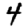
Digit: 4